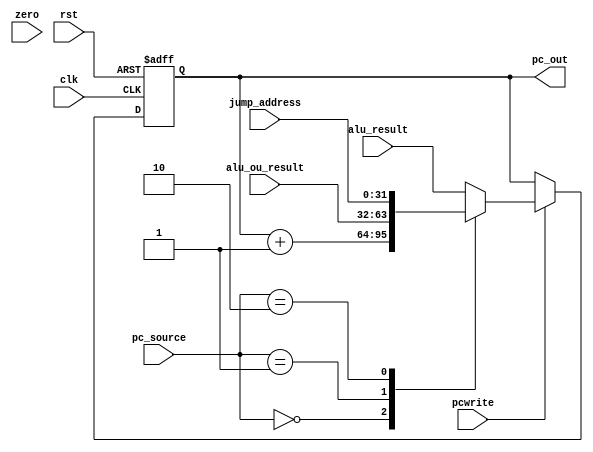
`timescale 1ns / 1ps

module PC(input clk,input rst, 
	input [31:0]jump_address,
	input[31:0] alu_ou_result,
	input [31:0]alu_result,
	input [1:0]pc_source,
	input zero,
	input pcwrite ,
	//input pcwrite_cond,
	output reg [31:0] pc_out
    );
	 
	 wire pc_in;
	// assign pc_in=pcwrite||(zero&&pcwrite_cond);
	always@(posedge clk or posedge rst)begin
		if(rst)begin
			pc_out<=0;
		end
		else begin
			if(pcwrite)begin
				case(pc_source)
					2'b00:pc_out<=pc_out+1;
					2'b01:pc_out<=alu_ou_result;
					2'b10:pc_out<=jump_address;
					default:pc_out<=alu_result;
				endcase
			end
		end
	end

endmodule